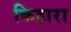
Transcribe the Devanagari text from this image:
किहारा